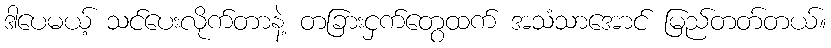
ဒါပေမယ့် သင်ပေးလိုက်တာနဲ့ တခြားငှက်တွေထက် အသံသာအောင် မြည်တတ်တယ်။